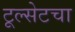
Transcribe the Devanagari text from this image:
टूल्सेटचा